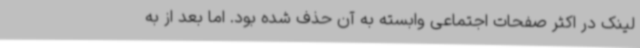
لینک در اکثر صفحات اجتماعی وابسته به آن حذف شده بود. اما بعد از به